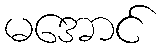
မအောင်